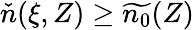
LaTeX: \check{n}(\xi,Z)\ge\widetilde{n_{0}}(Z)